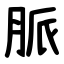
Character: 脈